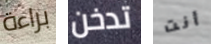
براءة تدخن أنت